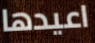
اعيدها